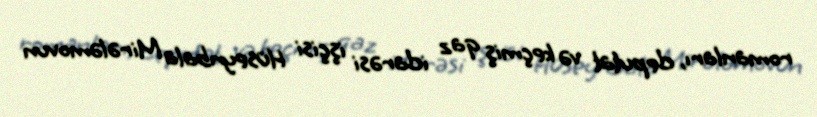
romanları, deputat və keçmiş qaz idarəsi işçisi Hüseynbala Mirələmovun